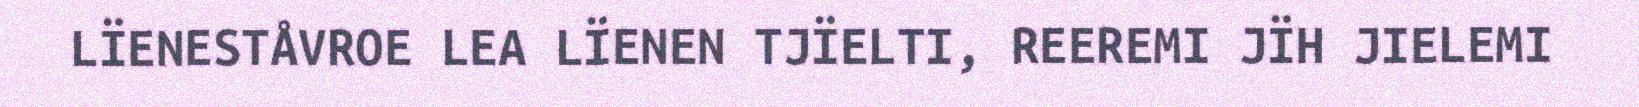
LÏENESTÅVROE LEA LÏENEN TJÏELTI, REEREMI JÏH JIELEMI